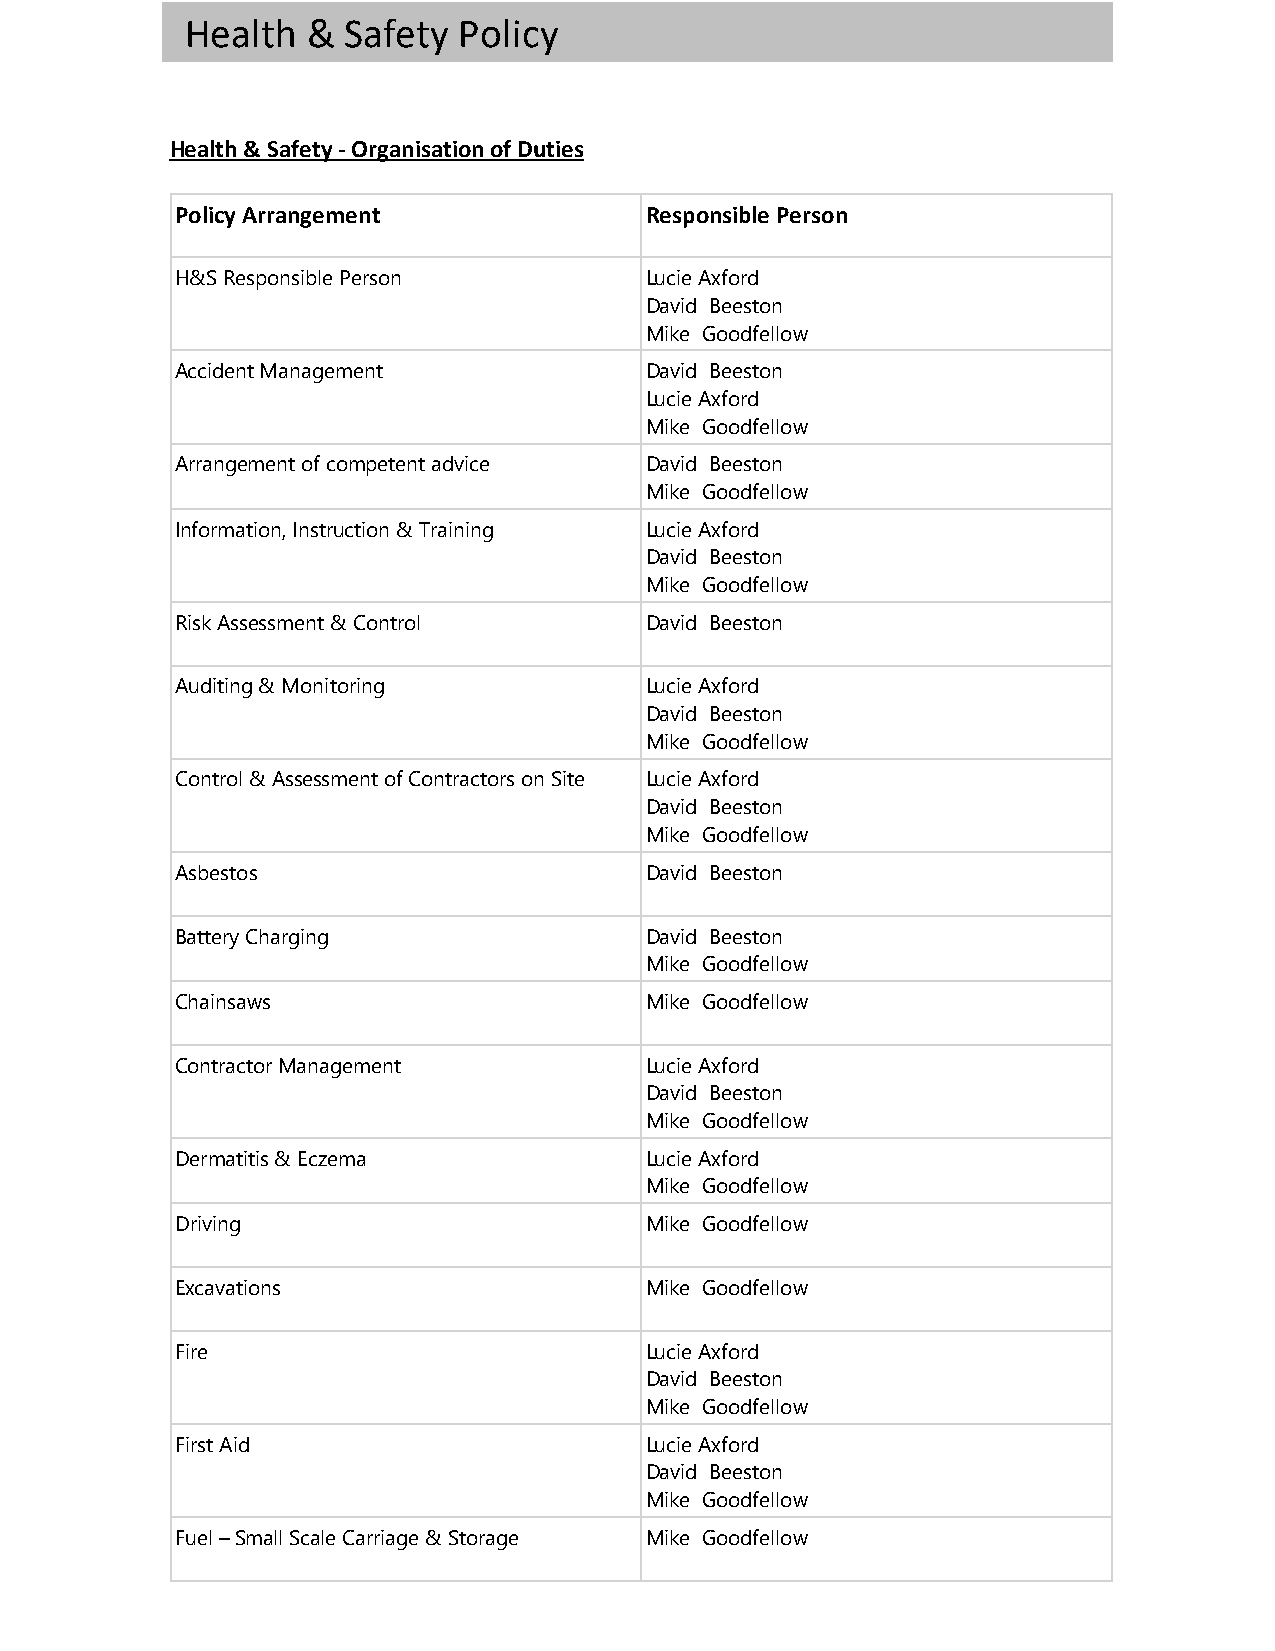
Health  &  Safety Policy
 Health & Safety - Organisation of Duties
 Policy Arrangement             Responsible Person
 H&S Responsible Person         Lucie Axford
 David Beeston
 Mike Goodfellow
 Accident Management            David Beeston
 Lucie Axford
 Mike Goodfellow
 Arrangement of competent advice David Beeston
 Mike Goodfellow
 Information, Instruction & Training Lucie Axford
 David Beeston
 Mike Goodfellow
 Risk Assessment & Control      David Beeston
 Auditing & Monitoring          Lucie Axford
 David Beeston
 Mike Goodfellow
 Control & Assessment of Contractors on Site Lucie Axford
 David Beeston
 Mike Goodfellow
 Asbestos                       David Beeston
 Battery Charging               David Beeston
 Mike Goodfellow
 Chainsaws                      Mike Goodfellow
 Contractor Management          Lucie Axford
 David Beeston
 Mike Goodfellow
 Dermatitis & Eczema            Lucie Axford
 Mike Goodfellow
 Driving                        Mike Goodfellow
 Excavations                    Mike Goodfellow
 Fire                           Lucie Axford
 David Beeston
 Mike Goodfellow
 First Aid                      Lucie Axford
 David Beeston
 Mike Goodfellow
 Fuel – Small Scale Carriage & Storage Mike Goodfellow